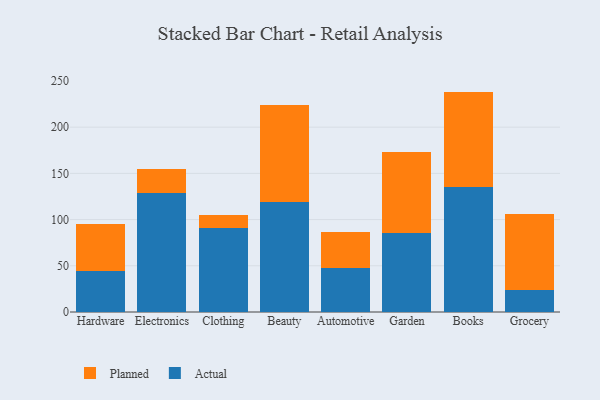
{"axis": {"x": "Category", "y": "Waste Production (Tons)"}, "legend": ["Actual", "Planned"], "data": [{"x": "Hardware", "y": 44.1, "type": "Actual"}, {"x": "Hardware", "y": 51.3, "type": "Planned"}, {"x": "Electronics", "y": 129.0, "type": "Actual"}, {"x": "Electronics", "y": 26.0, "type": "Planned"}, {"x": "Clothing", "y": 91.3, "type": "Actual"}, {"x": "Clothing", "y": 14.2, "type": "Planned"}, {"x": "Beauty", "y": 119.1, "type": "Actual"}, {"x": "Beauty", "y": 105.1, "type": "Planned"}, {"x": "Automotive", "y": 47.3, "type": "Actual"}, {"x": "Automotive", "y": 39.8, "type": "Planned"}, {"x": "Garden", "y": 85.4, "type": "Actual"}, {"x": "Garden", "y": 87.8, "type": "Planned"}, {"x": "Books", "y": 135.2, "type": "Actual"}, {"x": "Books", "y": 103.3, "type": "Planned"}, {"x": "Grocery", "y": 23.6, "type": "Actual"}, {"x": "Grocery", "y": 82.5, "type": "Planned"}]}